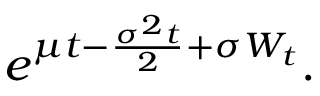
e ^ { \mu t - { \frac { \sigma ^ { 2 } t } { 2 } } + \sigma W _ { t } } .